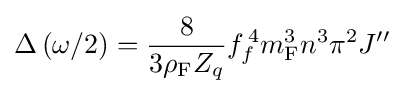
\Delta \left(\omega /2\right)={\frac {8}{3\rho _{\mathrm {F} }Z_{q}}}f_{f}^{\,4}m_{\mathrm {F} }^{3}n^{3}\pi ^{2}J^{\prime \prime }